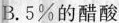
B.5%的醋酸